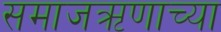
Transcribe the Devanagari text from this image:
समाजऋणाच्या